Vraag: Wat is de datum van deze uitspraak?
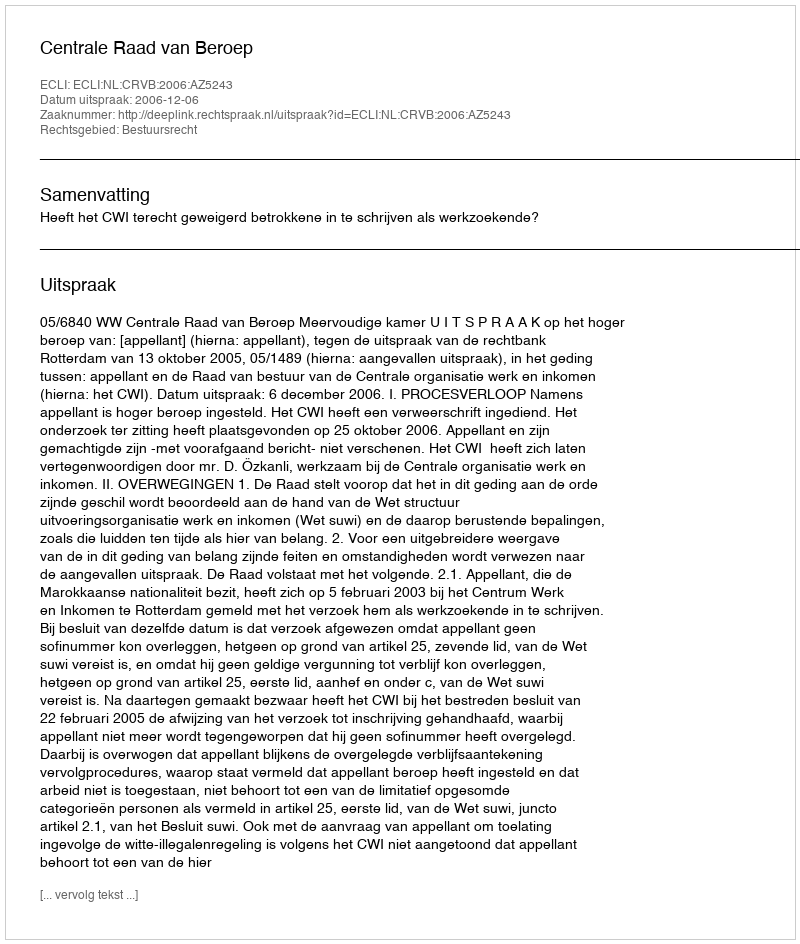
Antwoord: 2006-12-06